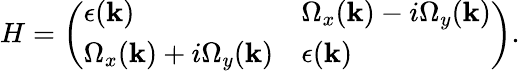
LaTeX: \begin{array}{r}{H=\left(\begin{array}{ll}{\epsilon(\mathbf{k})}&{\Omega_{x}(\mathbf{k})-i\Omega_{y}(\mathbf{k})}\\ {\Omega_{x}(\mathbf{k})+i\Omega_{y}(\mathbf{k})}&{\epsilon(\mathbf{k})}\end{array}\right)\textrm{.}}\end{array}